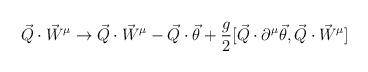
LaTeX: \begin{align*}\vec{Q} \cdot \vec{W}^{\mu} \rightarrow \vec{Q} \cdot \vec{W}^{\mu} -\vec{Q} \cdot \vec{\theta} +\frac{g}{2} [ \vec{Q} \cdot \partial^{\mu} \vec{\theta} ,\vec{Q} \cdot {\vec{W}}^{\mu}]\end{align*}